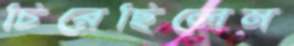
চিরেছিলেম